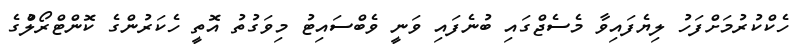
ހެކްކުރުމަށްފަހު ލިޔެފައިވާ މެސެޖްގައި ބުނެފައި ވަނީ ވެބްސައިޓު މިވަގުތު އޮތީ ހެކަރުންގެ ކޮންޓްރޯލްުގެ